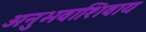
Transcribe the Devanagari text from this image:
अनुभवाशिवाय